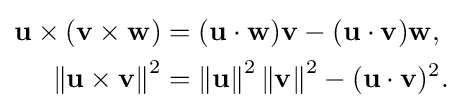
{\begin{aligned}\mathbf {u} \times (\mathbf {v} \times \mathbf {w} )&=(\mathbf {u} \cdot \mathbf {w} )\mathbf {v} -(\mathbf {u} \cdot \mathbf {v} )\mathbf {w} ,\\\left\|\mathbf {u} \times \mathbf {v} \right\|^{2}&=\left\|\mathbf {u} \right\|^{2}\left\|\mathbf {v} \right\|^{2}-(\mathbf {u} \cdot \mathbf {v} )^{2}.\end{aligned}}